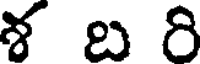
శ బ రి